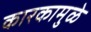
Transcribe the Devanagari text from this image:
कारकामुळे